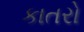
કાતરો